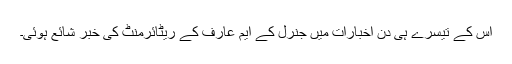
اس کے تیسرے ہی دن اخبارات میں جنرل کے ایم عارف کے ریٹائرمنٹ کی خبر شائع ہوئی۔